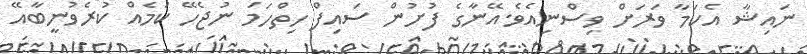
ނަައިޝާ އެކަމާ ވަރަށް ވިސްނިއެވެ.އޭނާގެ ފުށުން ސައިފް ހިތްހަމަ ނުޖެހޭ ކަމެއް ކުރެވުނީބާއޭ